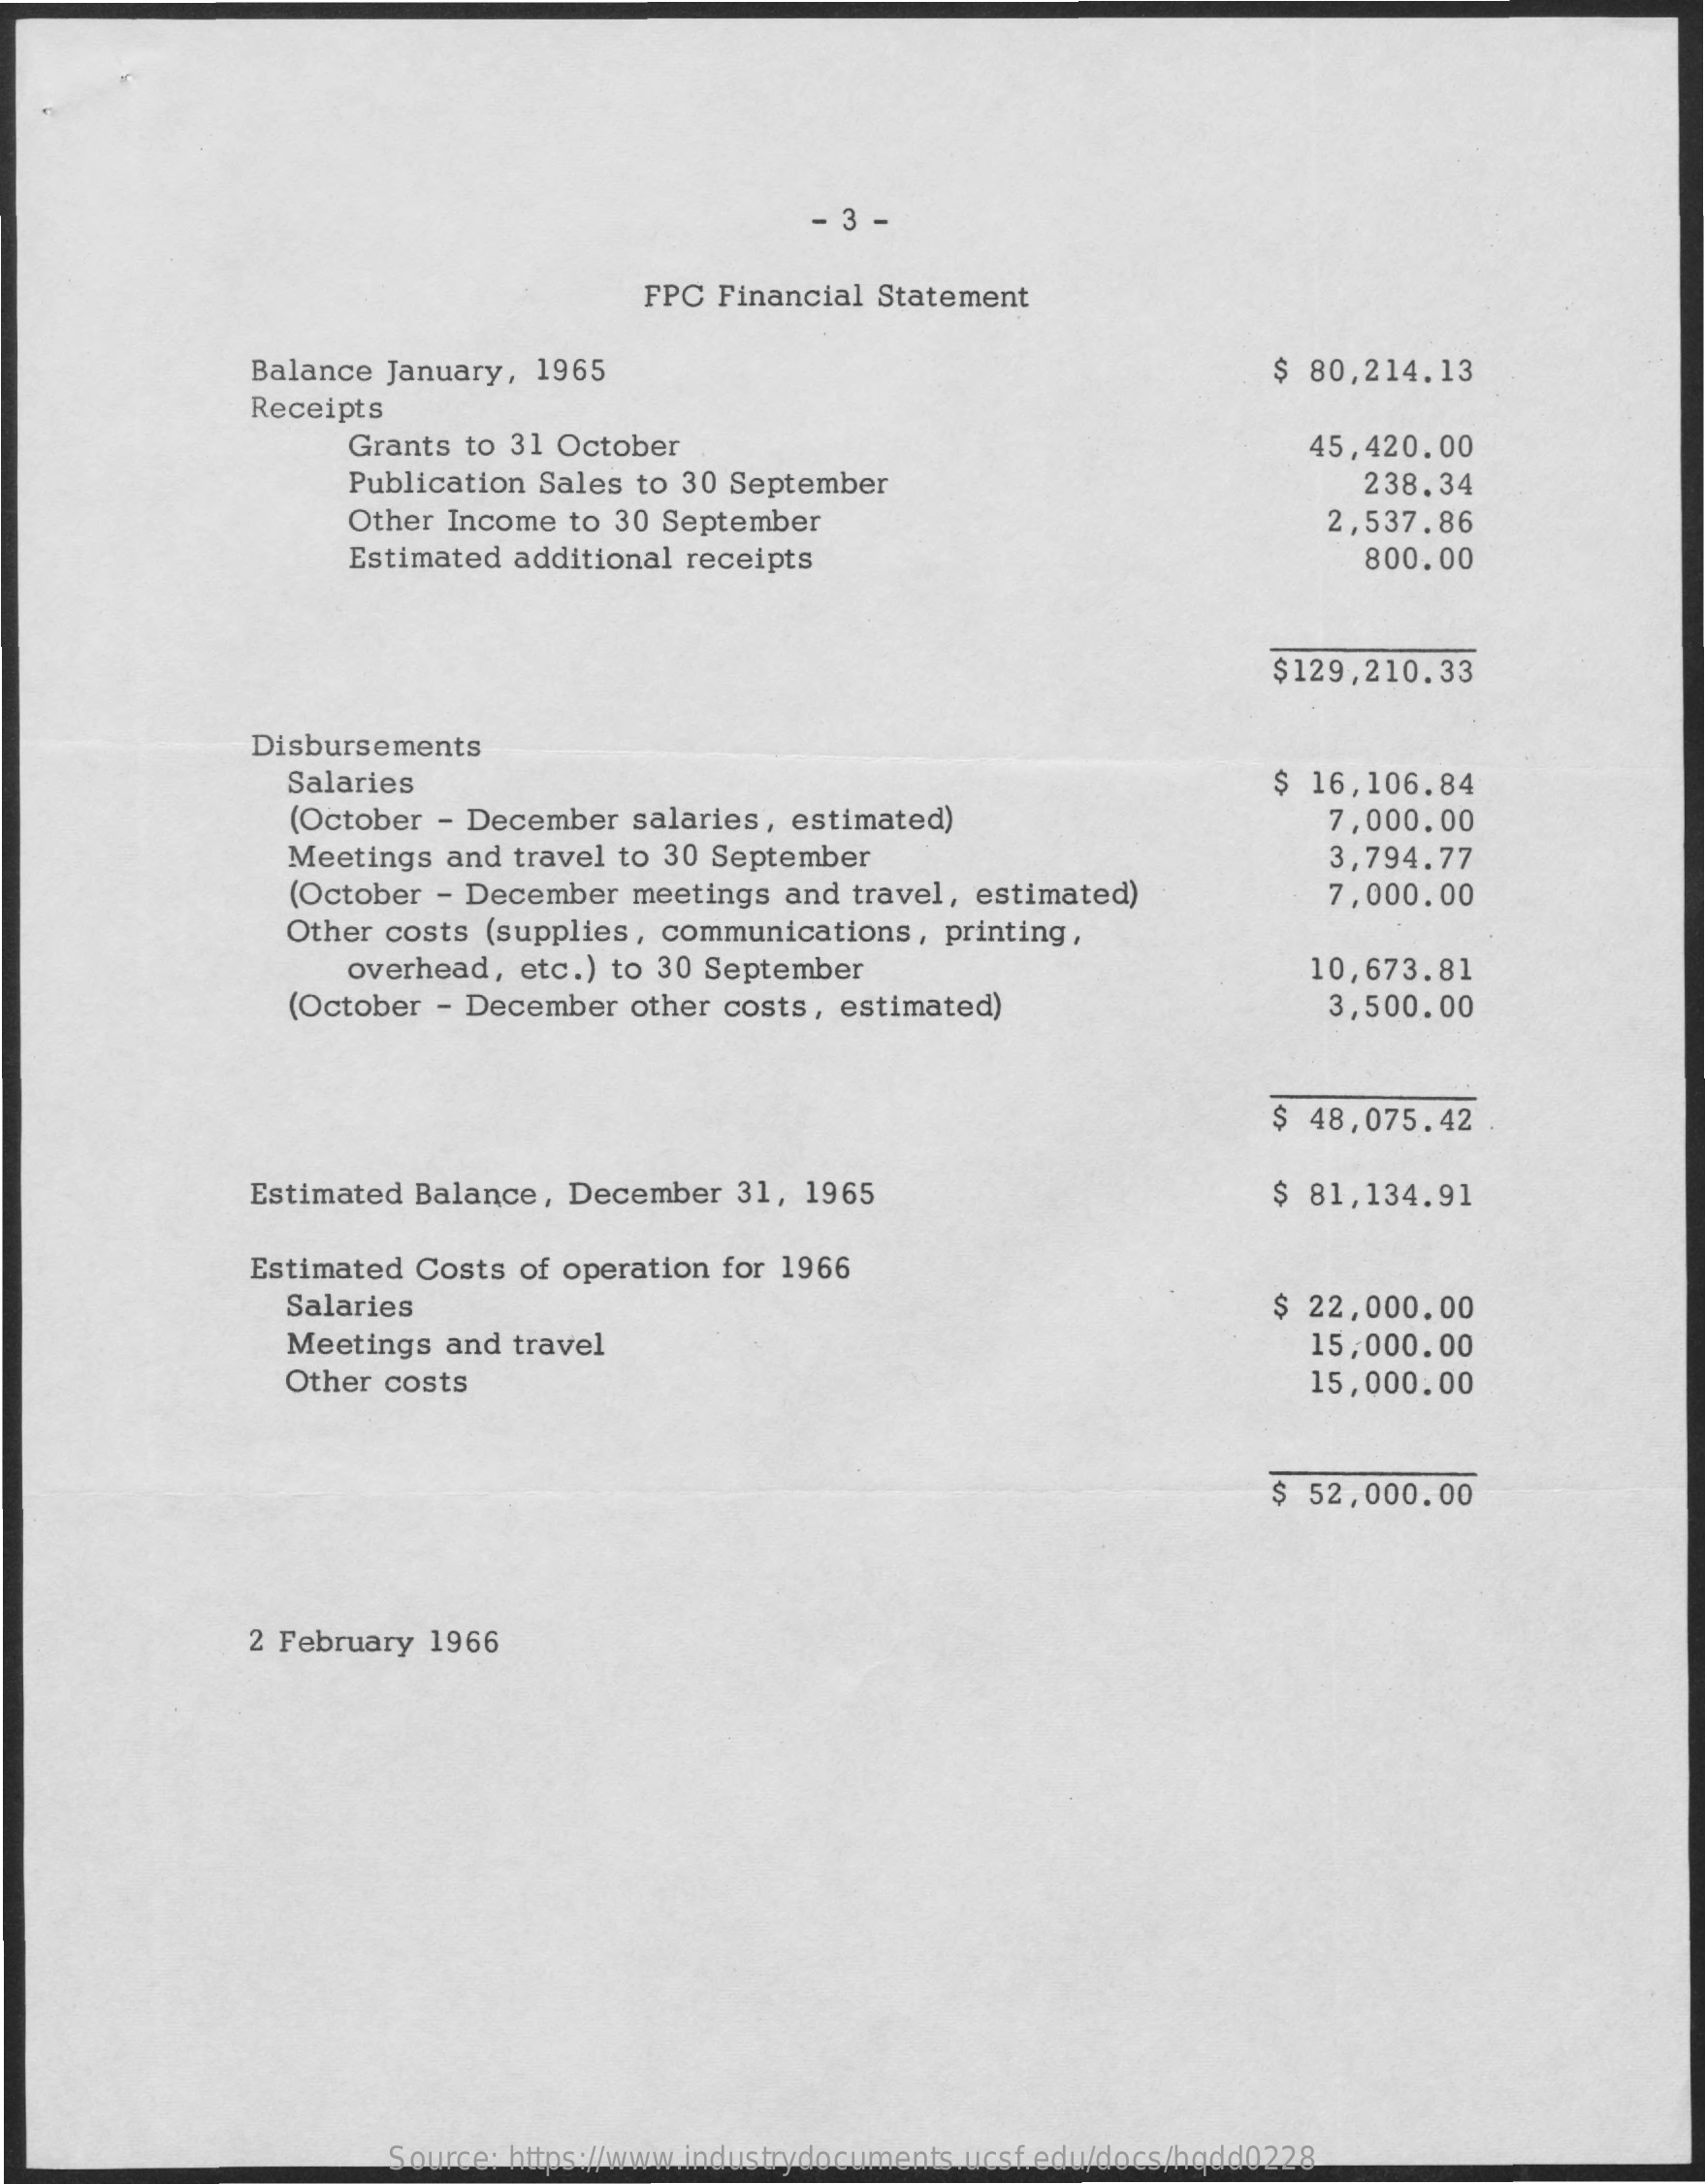
3
     FPC  Financial Statement
     Balance  January, 1965    $ 80,214.13
     Receipts
     Grants to 31 October    45,420.00
     Publication Sales to 30 September    238.34
     Other Income  to 30 September    2,537.86
     Estimated  additional receipts    800.00
     $129,210.33
     Disbursements
     Salaries    $ 16,106.84
     (October - December  salaries,  estimated)    7,000.00
     Meetings and  travel to 30 September    3,794.77
     (October - December  meetings  and travel, estimated)    7,000.00
     Other  costs (supplies, communications,   printing,
     overhead, etc.) to 30 September    10,673.81
     (October - December  other costs,  estimated)    3,500.00
     $ 48,075.42
     Estimated Balance,  December   31, 1965    $ 81,134.91
     Estimated Costs  of operation for 1966
     Salaries    $ 22,000.00
     Meetings and  travel    15,000.00
     Other costs    15,000.00
     $ 52,000.00
     2 February 1966
     Source: https://www.industrydocuments.ucsf.edu/docs/hqdd0228